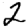
Digit: 2